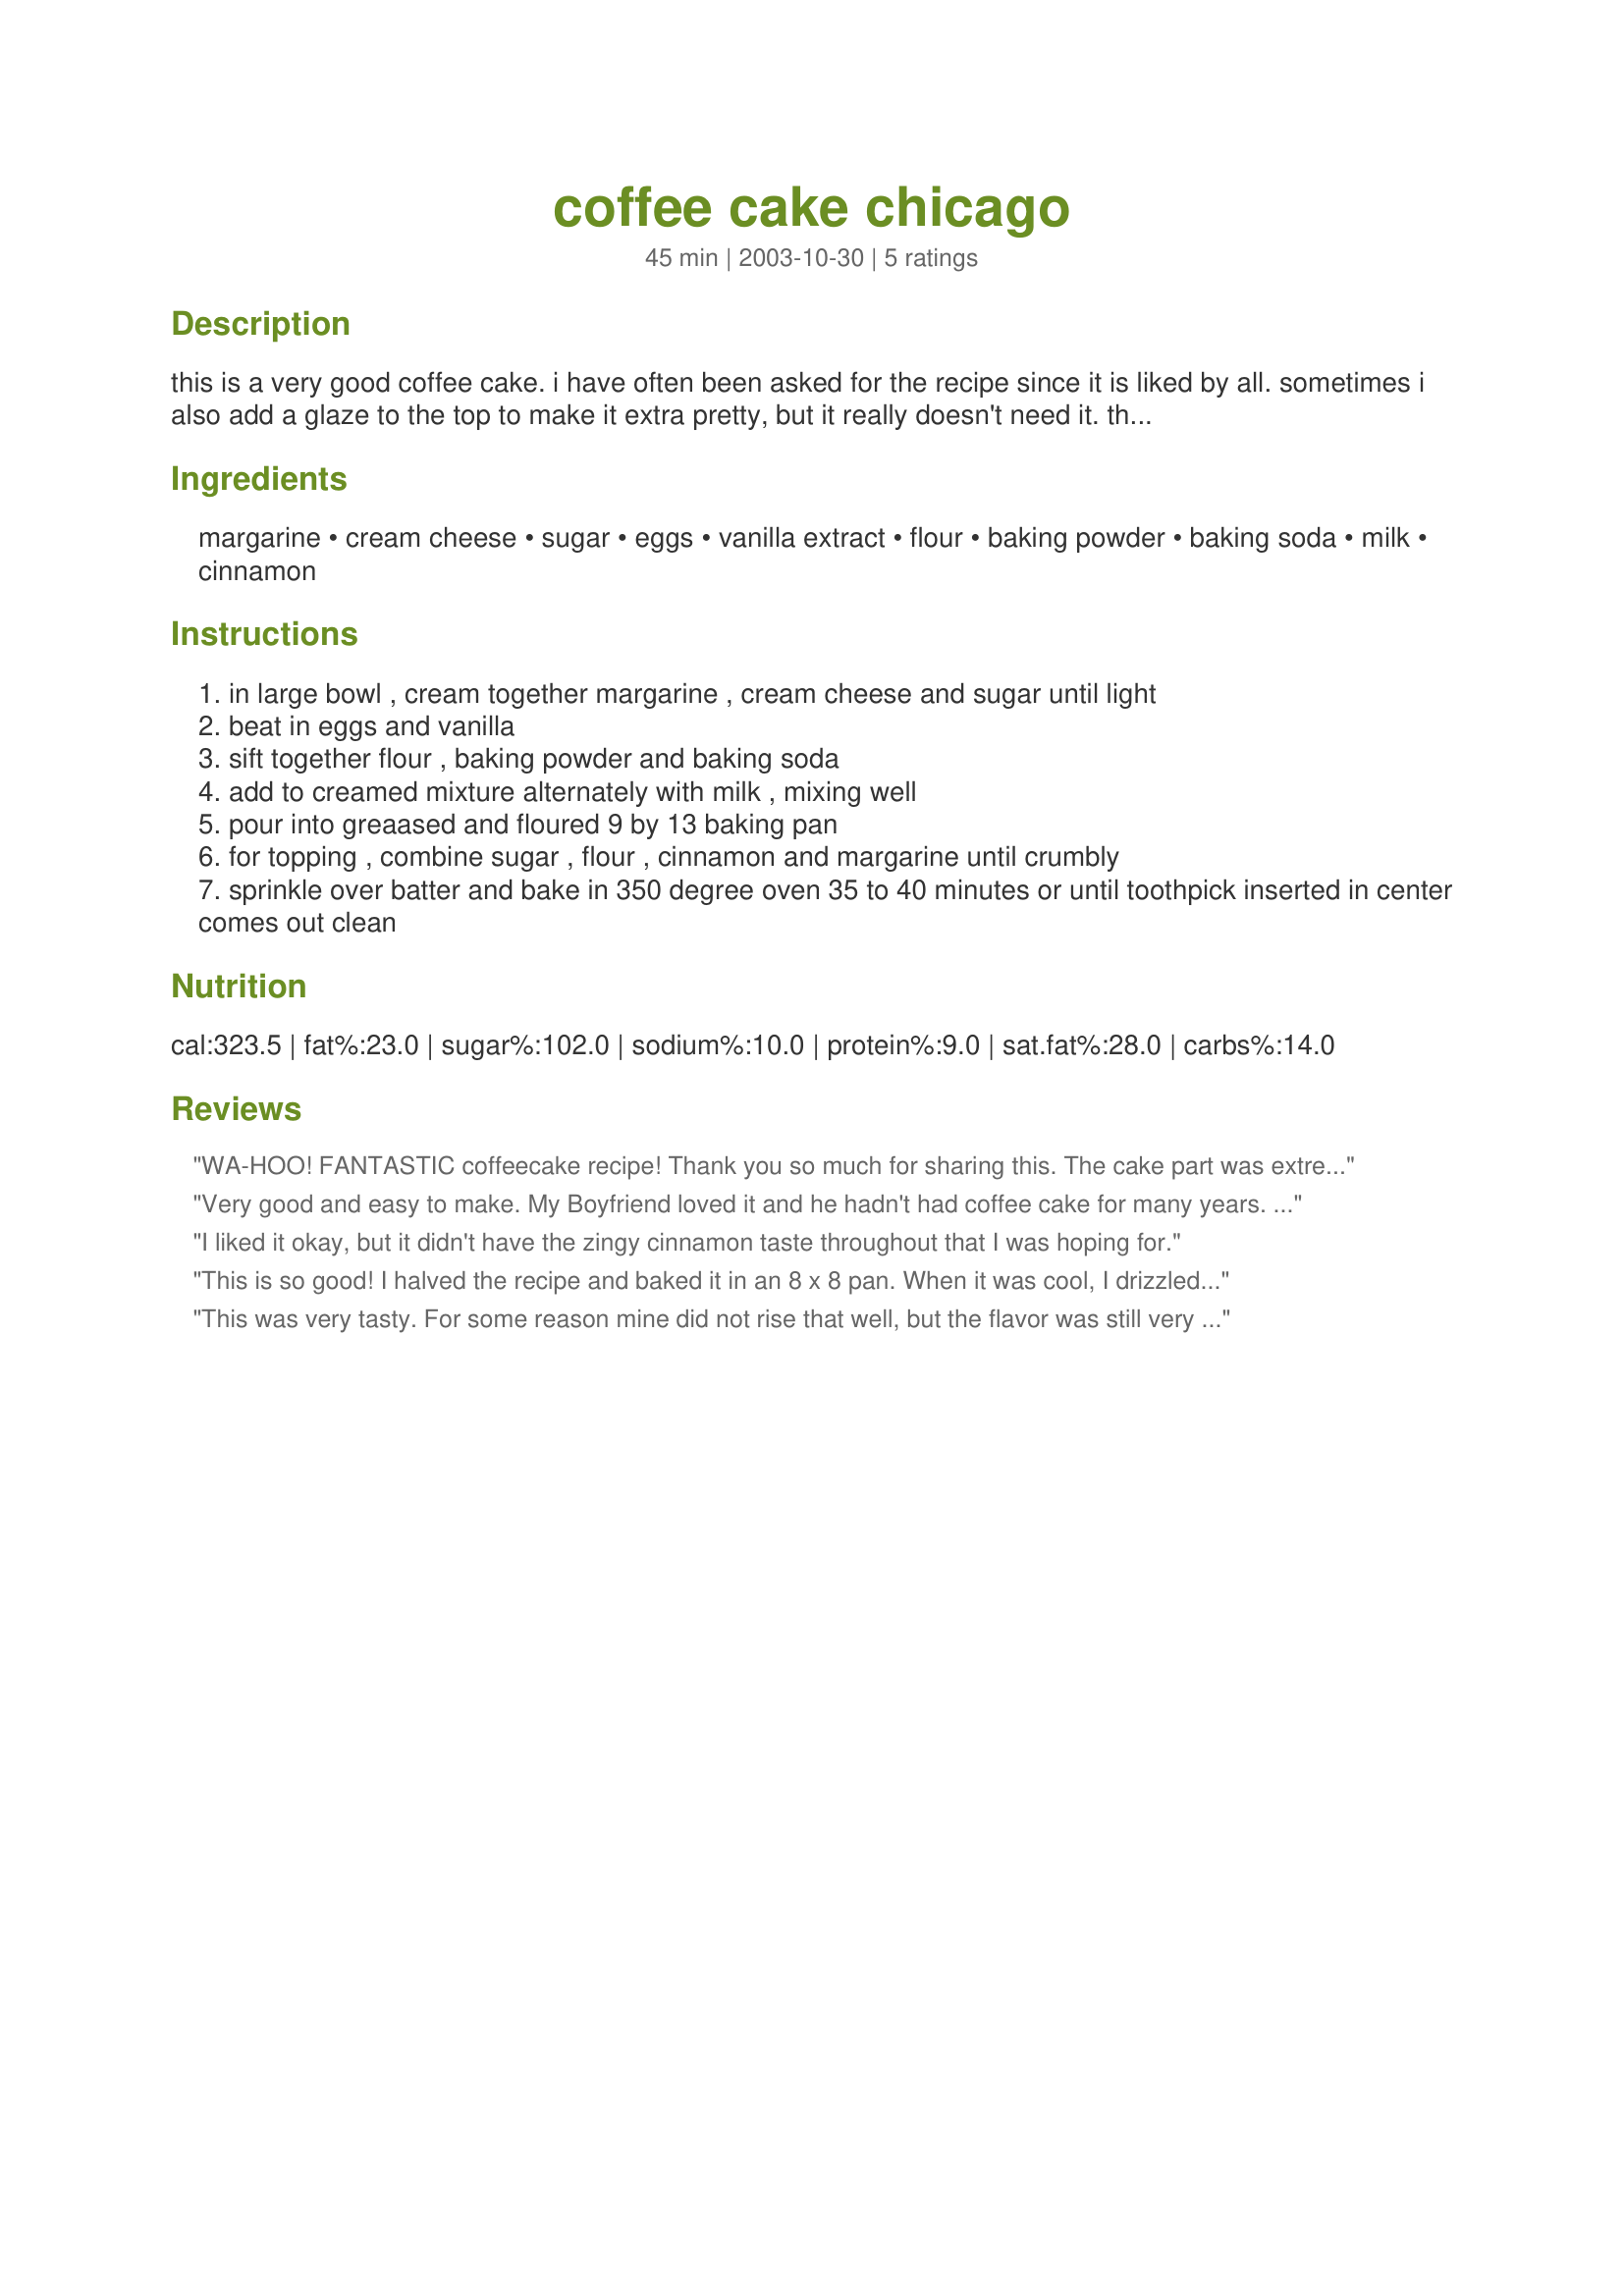
coffee cake chicago
Preparation time: 45 minutes

this is a very good coffee cake. i have often been asked for the recipe since it is liked by all. sometimes i also add a glaze to the top to make it extra pretty, but it really doesn't need it. the recipe is from our local newspaper.

Ingredients:
margarine, cream cheese, sugar, eggs, vanilla extract, flour, baking powder, baking soda, milk, cinnamon

Steps:
in large bowl , cream together margarine , cream cheese and sugar until light
beat in eggs and vanilla
sift together flour , baking powder and baking soda
add to creamed mixture alternately with milk , mixing well
pour into greaased and floured 9 by 13 baking pan
for topping , combine sugar , flour , cinnamon and margarine until crumbly
sprinkle over batter and bake in 350 degree oven 35 to 40 minutes or until toothpick inserted in center comes out clean

Reviews:
WA-HOO! FANTASTIC coffeecake recipe! Thank you so much for sharing this. The cake part was extremely moist and yummy - not dry and full of big air holes like lots of coffeecakes (ick)
I did double the streusel topping - just because I'm sinful like that!
Very good and easy to make. My Boyfriend loved it and he hadn't had coffee cake for many years.

We'll be making this again!
I liked it okay, but it didn't have the zingy cinnamon taste throughout that I was hoping for.
This is so good! I halved the recipe and baked it in an 8 x 8 pan. When it was cool, I drizzled it with a bit of glaze. Thanks so much.
This was very tasty. For some reason mine did not rise that well, but the flavor was still very good.
